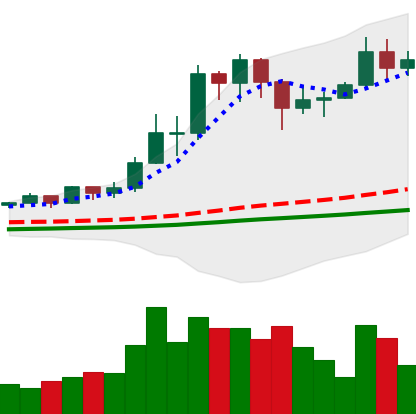
Ticker: TRX-USD
Chart end date: 2021-02-21
Forward return: -24.038%
Label: down_7plus